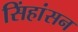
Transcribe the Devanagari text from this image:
सिंहांसन